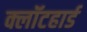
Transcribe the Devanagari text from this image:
क्लॉटहार्ड